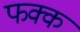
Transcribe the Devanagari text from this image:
फक्क